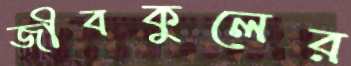
জীবকুলের